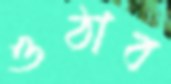
ওঠাব